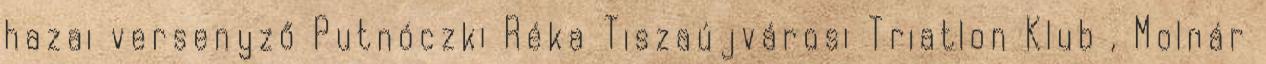
hazai versenyző Putnóczki Réka Tiszaújvárosi Triatlon Klub , Molnár